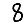
Digit: 8